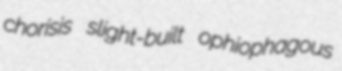
chorisis slight-built ophiophagous